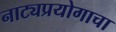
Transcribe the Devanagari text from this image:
नाट्यप्रयोगाचा